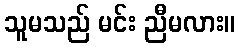
သူမသည် မင်း ညီမလား။